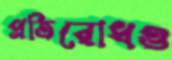
প্রতিরোধও